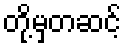
တို့မှတဆင့်